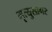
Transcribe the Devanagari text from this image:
मृत्युसागर